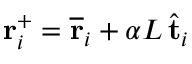
\mathbf { r } _ { i } ^ { + } = \overline { { \mathbf { r } } } _ { i } + \alpha L \, \hat { \mathbf { t } } _ { i }